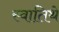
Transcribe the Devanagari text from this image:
स्वातिथे